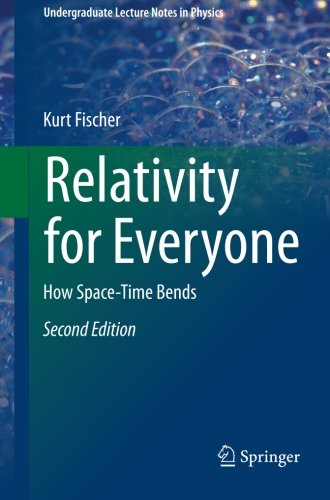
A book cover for Relativity for Everyone: How Space-Time Bends (Undergraduate Lecture Notes in Physics); Kurt Fischer; Science & Math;